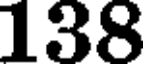
138